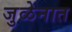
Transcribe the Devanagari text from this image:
जुळेनात